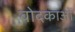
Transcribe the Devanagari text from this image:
वोदकाओं